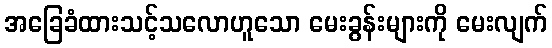
အခြေခံထားသင့်သလောဟူသော မေးခွန်းများကို မေးလျက်